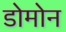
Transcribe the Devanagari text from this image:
डोमोन